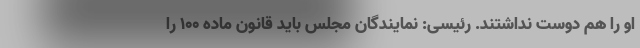
او را هم دوست نداشتند. رئیسی: نمایندگان مجلس باید قانون ماده ۱۰۰ را